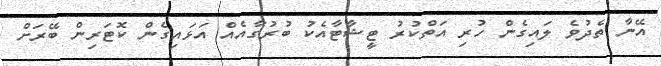
އޭނާ ތެދުވެ ލައިގެން ހުރި އަތްކުރު ޓީޝާޓާއެކު ބުރުގާއެއް އަޅައިގެން ކޮޓަރިން ބޭރަށް